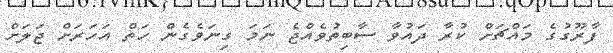
ފާރޫގުގެ މައްޗަށް ކުރާ ދައުވާ ސާބިތުވެއްޖެ ނަމަ ގިނަވެގެން ހަތް އަހަރަށް ޖަލަށް